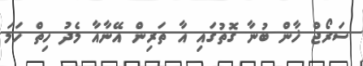
ސަރޯޖް ޚާން ބުނާ ގޮތުގައި އާ ތަރިން އޭނާއާ މެދު ހިތް ހަމަ